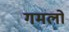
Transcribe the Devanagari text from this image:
गमलो